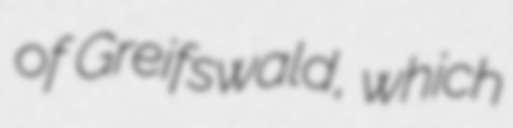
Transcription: of Greifswald, which